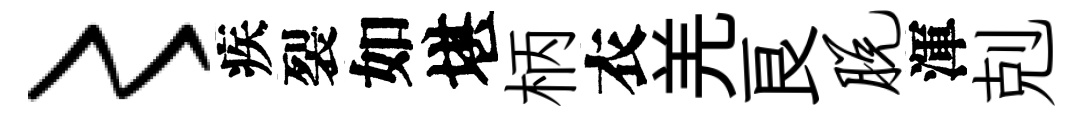
〻疾裂如堪柄衣羌良脱渾剋